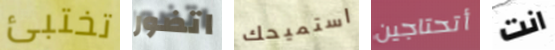
تختبئ اتضور استميحك أتحتاجين انت